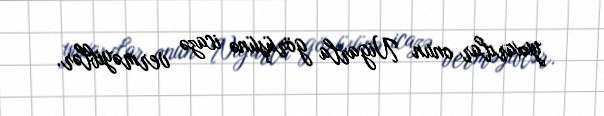
yuxarılar onun Nigarla görüşünə icazə verməyiblər.